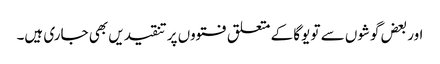
اور بعض گوشوں سے تو یوگا کے متعلق فتووں پر تنقیدیں بھی جاری ہیں۔